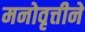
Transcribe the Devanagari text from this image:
मनोवृत्तीने